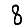
Digit: 8